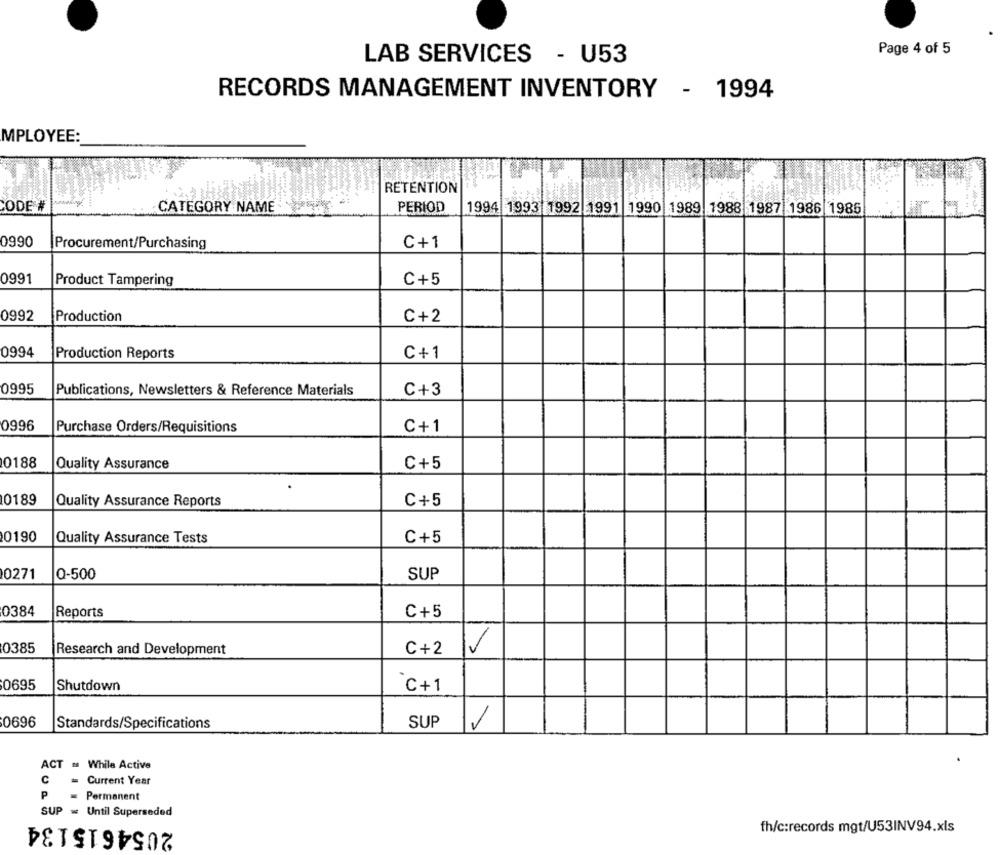
Page 4 of 5
LAB SERVICES - U53
RECORDS MANAGEMENT INVENTORY - 1994
MPLOYEE:
RETENTION
CODE #
CATEGORY NAME
PERIOD
1994 1993 1992 1991 1990 1989 7988 1987 1986 1985
0990
Procurement/Purchasing
C+1
0991
Product Tampering
C+5
0992
Production
C+2
0994
Production Reports
C+1
0995
Publications, Newsletters & Reference Materials
C+3
0996
Purchase Orders/Requisitions
C+1
10188
Quality Assurance
C+5
0189
Quality Assurance Reports
C+5
0190
Quality Assurance Tests
C+5
0271
0-500
SUP
0384
Reports
C+5
0385
Research and Development
C+2
V
0695
Shutdown
C+1
0696
Standards/Specifications
SUP
ACT # While Active
C
=
Current Year
P
= Permanent
SUP
Until Superseded
2054615134
fh/c:records mgt/U53INV94.xls